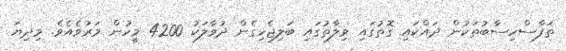
ތަފާސްހިސާބުތަކުން ދައްކައި ގޮތުގައި ވިލާތުގައި ބަލިޖެހިގެން ދުވާލަކު 4200 މީހުން މަރުވެއެވެ. މިދިޔަ